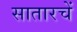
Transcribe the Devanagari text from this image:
सातारचें